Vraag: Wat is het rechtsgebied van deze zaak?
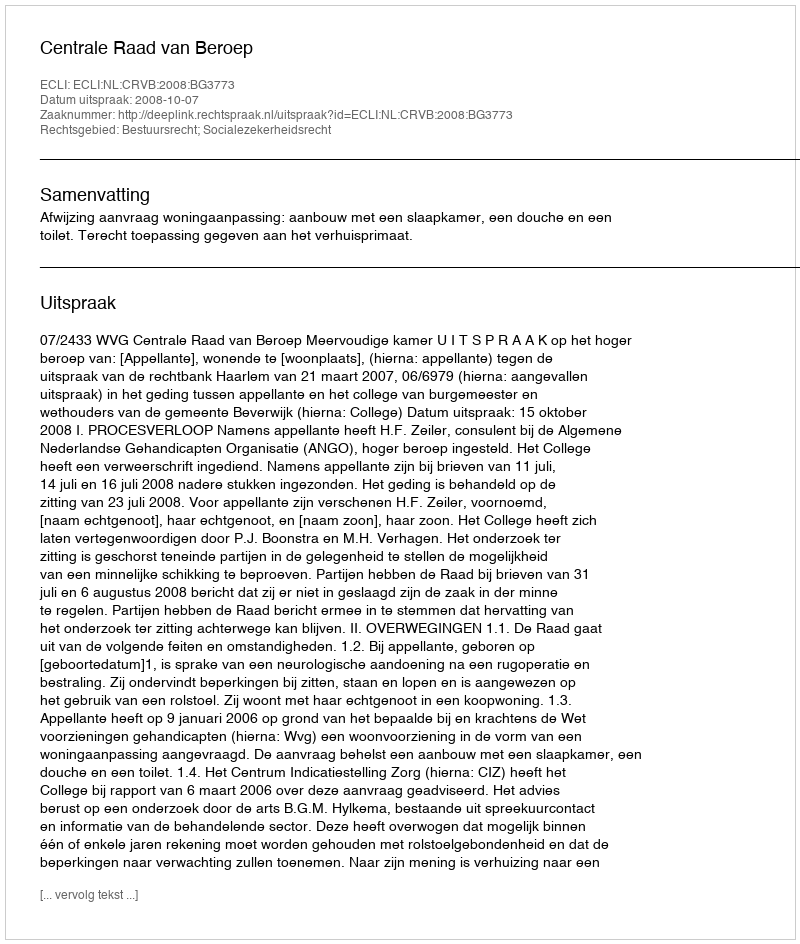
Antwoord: Bestuursrecht; Socialezekerheidsrecht